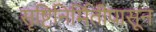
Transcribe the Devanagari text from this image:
सृष्टिनिर्मितीपासून